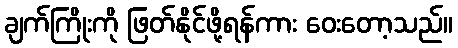
ချက်ကြိုးကို ဖြတ်နိုင်ဖို့ရန်ကား ဝေးတော့သည်။